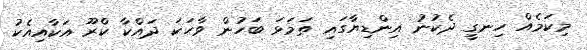
މިކަމެއް ހިނގީ ދެކުނު އިންޑިޔާގައި ތަމަޅަ ބަހުން ވާހަކަ ދައްކާ ކްރޫ އަކާއިއެކު